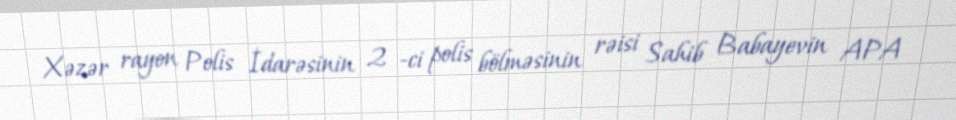
Xəzər rayon Polis İdarəsinin 2 -ci polis bölməsinin rəisi Sahib Babayevin APA